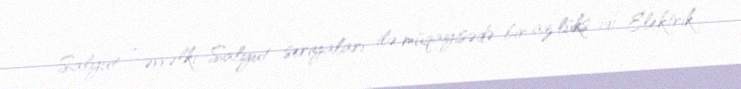
Salyut 7, əvvəlki Salyut seriyaları ilə müqayisədə bir az lüks idi: Elektrik